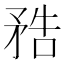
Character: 𥍱